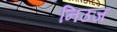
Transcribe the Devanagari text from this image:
निउज